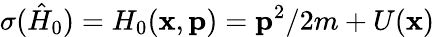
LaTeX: \sigma(\hat{H}_{0})=H_{0}(\mathbf{x},\mathbf{p})=\mathbf{p}^{2}/2m+U(\mathbf{x})